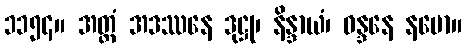
၁၁၅၄။ အတ္ထံ အဒဿနေ ဒုဋ္ဌု၊ နိန္ဒာယံ၊ ဝန္ဒနေ နမော။